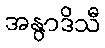
အနွာဒိသီ